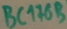
Text: BC176B